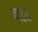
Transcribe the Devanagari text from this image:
पाडंव